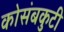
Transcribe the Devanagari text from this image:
कोसंबकुटी